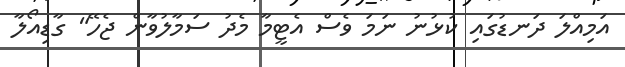
އަމިއްލަ ދަނޑުގައި ކުޅުނު ނަމަ ވެސް އެޓީމާ މެދު ސަމާލުވާން ޖެހޭ" ގާޑިއޯލާ